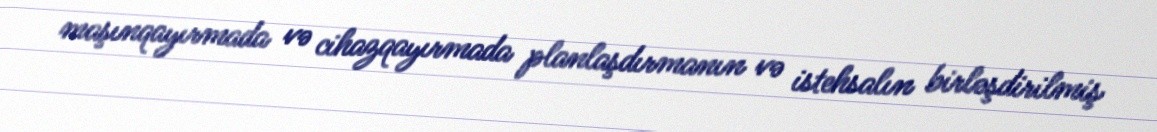
maşınqayırmada və cihazqayırmada planlaşdırmanın və istehsalın birləşdirilmiş